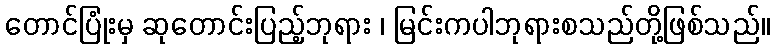
တောင်ပြုံးမှ ဆုတောင်းပြည့်ဘုရား ၊ မြင်းကပါဘုရားစသည်တို့ဖြစ်သည်။